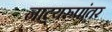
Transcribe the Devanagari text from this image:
नाट्यरुपांतर